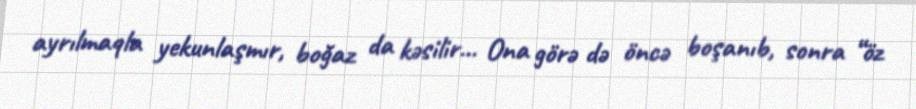
ayrılmaqla yekunlaşmır, boğaz da kəsilir... Ona görə də öncə boşanıb, sonra “öz